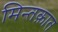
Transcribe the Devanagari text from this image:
मिन्तक़ात